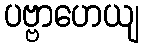
ပဗ္ဗာဟေယျ